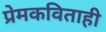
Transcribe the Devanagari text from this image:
प्रेमकविताही